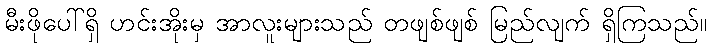
မီးဖိုပေါ်ရှိ ဟင်းအိုးမှ အာလူးများသည် တဖျစ်ဖျစ် မြည်လျက် ရှိကြသည်။